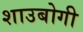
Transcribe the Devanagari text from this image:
शाउबोगी